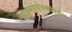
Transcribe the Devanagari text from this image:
वाङ्मयसेवकांपर्यंत